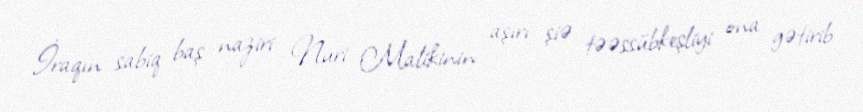
İraqın sabiq baş naziri Nuri Malikinin aşırı şiə təəssübkeşliyi ona gətirib